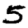
Digit: 5